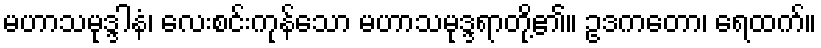
မဟာသမုဒ္ဒါနံ၊ လေးစင်းကုန်သော မဟာသမုဒ္ဒရာတို့၏။ ဥဒကတော၊ ရေထက်။